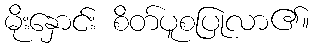
မိုးနှောင်း စိတ်ပူစပြုလာ၏။